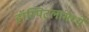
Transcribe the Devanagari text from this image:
हॉस्पिटलांमध्ये